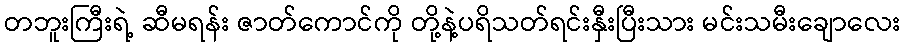
တဘူးကြီးရဲ့ ဆီမရန်း ဇာတ်ကောင်ကို တို့နဲ့ပရိသတ်ရင်းနှီးပြီးသား မင်းသမီးချောလေး